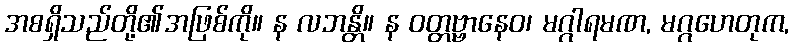
အစရှိသည်တို့၏အဖြစ်ကို။ န လဘန္တိ။ န ဝတ္တဗ္ဗာနေဝ၊ မဂ္ဂါရမဏ, မဂ္ဂဟေတုက,